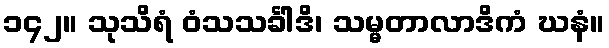
၁၄၂။ သုသိရံ ဝံသသင်္ခါဒိ၊ သမ္မတာလာဒိကံ ဃနံ။